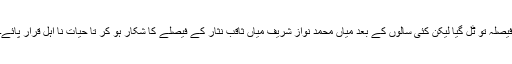
فیصلہ تو ٹل گیا لیکن کئی سالوں کے بعد میاں محمد نواز شریف میاں ثاقب نثار کے فیصلے کا شکار ہو کر تا حیات نا اہل قرار پائے۔